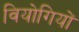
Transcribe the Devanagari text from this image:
वियोगियों